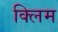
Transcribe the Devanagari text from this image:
क्लिम